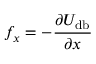
f _ { x } = - \frac { \partial U _ { \mathrm { d b } } } { \partial x }